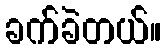
ခက်ခဲတယ်။